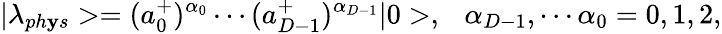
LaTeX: |\lambda_{ph\mathbf{y}s}>=(a_{0}^{+})^{\alpha_{0}}\cdots(a_{D-1}^{+})^{\alpha_{D-1}}|0>,\ \ \ \alpha_{D-1},\cdots\alpha_{0}=0,1,2,